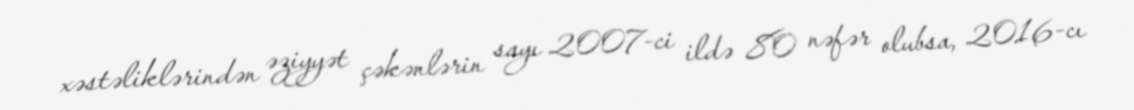
xəstəliklərindən əziyyət çəkənlərin sayı 2007-ci ildə 80 nəfər olubsa, 2016-cı